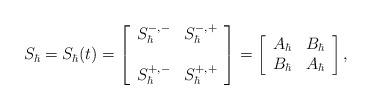
LaTeX: \begin{align*}S_\hbar=S_\hbar(t)= \left[\begin{array}{cc}S^{-,-}_\hbar & S^{-,+}_\hbar\\&\\S^{+,-}_\hbar & S^{+,+}_\hbar\end{array}\right]=\left[\begin{array}{cc}A_\hbar & B_\hbar\\B_\hbar & A_\hbar\end{array}\right],\end{align*}